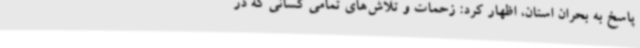
پاسخ به بحران استان، اظهار کرد: زحمات و تلاش‌های تمامی کسانی که در